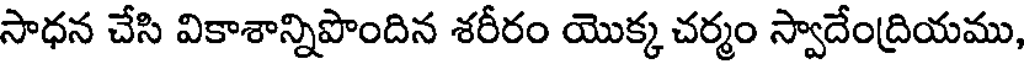
సాధన చేసి వికాశాన్నిపొందిన శరీరం యొక్క చర్మం స్వాదేంద్రియము,